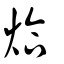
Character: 烚